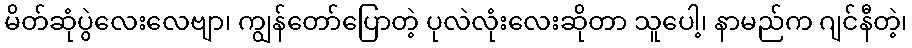
မိတ်ဆုံပွဲလေးလေဗျာ၊ ကျွန်တော်ပြောတဲ့ ပုလဲလုံးလေးဆိုတာ သူပေါ့၊ နာမည်က ဂျင်နီတဲ့၊